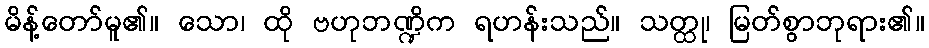
မိန့်တော်မူ၏။ သော၊ ထို ဗဟုဘဏ္ဍိက ရဟန်းသည်။ သတ္ထု၊ မြတ်စွာဘုရား၏။